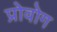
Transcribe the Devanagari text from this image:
प्रोवोग